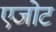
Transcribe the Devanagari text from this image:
एजोट